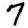
Digit: 7